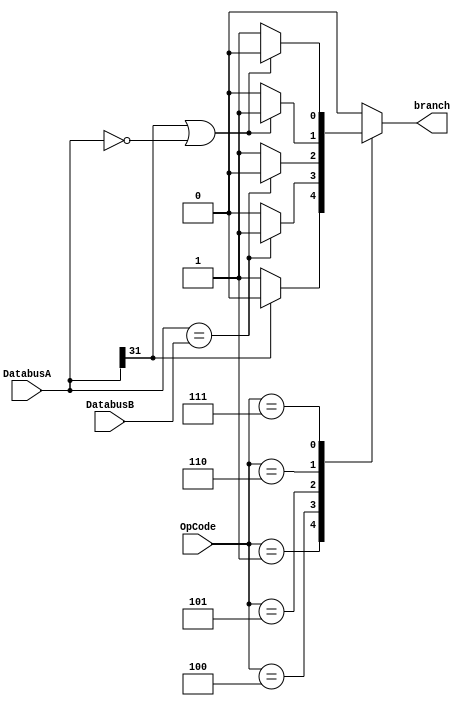
`timescale 1ns/1ps

module branchcheck(OpCode,DatabusA,DatabusB,branch);

input [5:0] OpCode;
input [31:0] DatabusA;
input [31:0] DatabusB;
output branch;
reg branch;

always @(*)
begin
  case(OpCode)
    6'h00: branch <= 0;
    6'h01://bgez
    begin
      if(DatabusA[31] == 1'b1) branch <= 0;
      else branch <= 1;
    end
    6'h04://beq
    begin
      if(DatabusA == DatabusB) branch <= 1;
      else branch <= 0;
    end
    6'h05://bne
    begin
      if(DatabusA == DatabusB) branch <= 0;
      else branch <= 1;
    end
    6'h06://blez
    begin
      if(DatabusA[31] == 1'b1 || DatabusA == 32'h0) branch <= 1;
      else branch <= 0;
    end
    6'h07://bgtz
    begin
      if(DatabusA[31] == 1'b1 || DatabusA == 32'h0) branch <= 0;
      else branch <= 1;
    end
    default: branch <= 0;
  endcase
end

endmodule